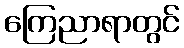
ကြေညာရာတွင်